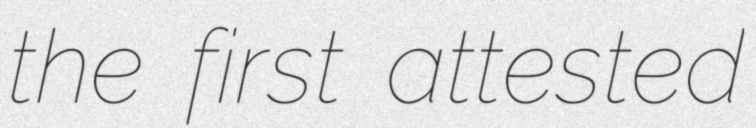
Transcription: the first attested